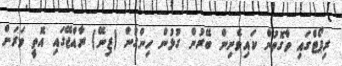
ރިޕޯޓްގައި ވާގޮތުން ކައިވެނިން ބޭރުން ގުޅުން ހިންގުން (ޒިނޭ) ރާއްޖޭގައި އޮތީ ވަރަށް